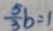
\frac { 5 } { 3 } b = 1